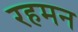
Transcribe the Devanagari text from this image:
रहमन